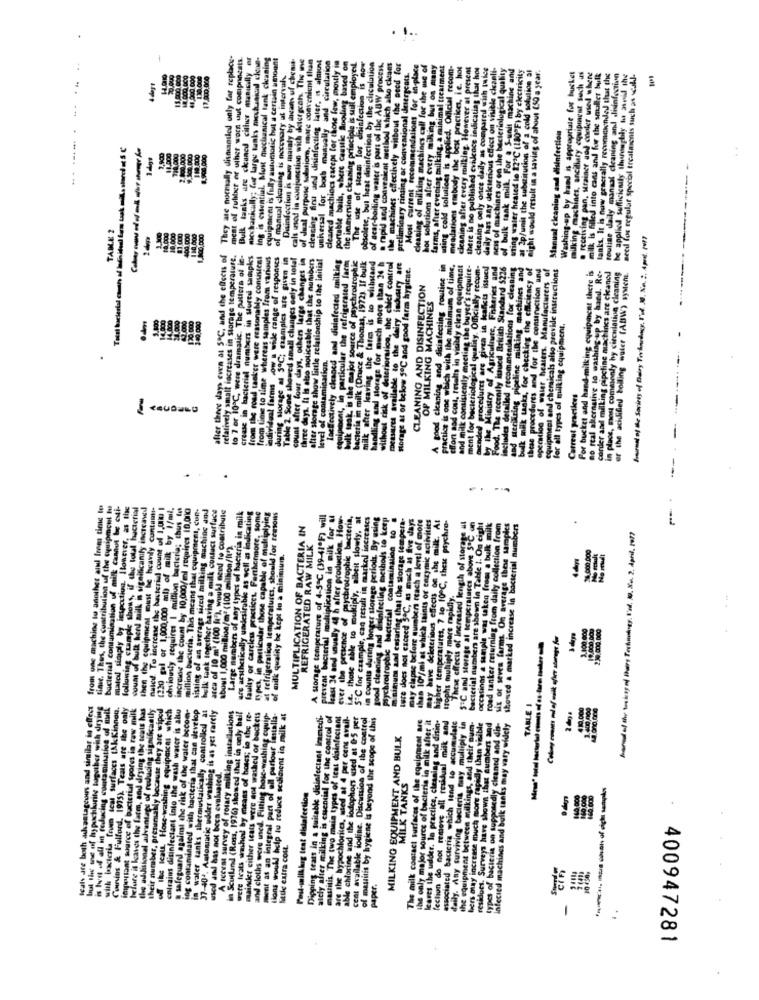
.1.
-
They are normally dismantled only for replace-
mest of rubber of uther worn uut comprendsts.
Bulk tasks are ckaned citiwer man.ly -
niccharkally; for large tanks mechanical clean-
ing is essential. Must mechanical tank cleaning
equipment is fully automatic hut a certain amount
Disinfection is mow mainly by ican uf chemie-
cals mod in conjunction with sketergcats. The me
of dual purpose salutiom, mare convenient than
cleaning first and disinfecting later, is alist
ushersal for both manually and circulation
for
cleaned machines cacept for those few, mostly in
portable bails, where caustic Sooding based on
the immersion cleaning principle is will employeil.
The use of Heam lor dhinfection is now
obsolete, bul heat disinfection by the circulation
of acar-boiling water is part of the ABW process.
rapid and conveaient method which also cleans
the machines effectively without the need for
preliminary rinsing ar conventional detergents.
Most current recommendations for in-place
ning of milking machines call for the use of
hot solutions after every milking but os many
farms, after evening milking, a minimal treatment
sting cold solutices is applied. Omcial recom-
meadations embody the best pracikes, ie. hor
cleaning after every milking. However at present
there is no published evalence indicating that hos
cleaning only once daily as compared with twice
daily has any dekierious effect on visible cleanli-
nen of machines or on the bacteriolugical quality
of bulk tank mill. For a S-unit machine and
uiting water heated lo 12℃ (180"F) by electricity
at 2p/unit the substitution of a cold solution al
night would result in a saving of ahout (50 a year.
. receiving pan, Mrainer and cooler used where
110.000
of manual cloning is nocovary at intervals
Washing-up by hand is appropriate for bucket
milking machines, ancillary equipment such as
milk is filled into cans and for the smaller bulk
tanks. It is now generally recomenndeJ that the
routine daily mansal cleaning and disinfection
be applied sufficicity thoroughly tu asvid the
need los regular special treatments such as scall-
4 dayt
Manual ckaning and disinfection
2.800.000
8,900,000
TAME 2
$0.000
81.000
1 10.000
1.810,000
hard of the Strings of Baby Trinity, I'd . Na. ". Apre. 197
tant
after theee days even as 5℃, and the effects of
relatively small increases in storage temperature.
to 7 or 10℃, were dramatic. The pattern of in-
crease in bacterial numbers in sured sampks
from the road tanker were reasonably consisical
from time to time whereas samples from various
individual farmi ow a wide range of responses
during sorage al 5℃; examples are given in
Table 2. Some showed small changes cely in total
count after four days, others large changes in
after storage show little relationship to the initial
Ineffectively ckaned and disinfected mnilking
equipebent, in particular the refrigerated farm
bulk trak is the major source of psychrotrophic
bacteria in milk (Druce & Thomas, 1972). If bulk
milk after leaving the fate is to withstand
three days. It is also noticeable that the number
handling and storage for much more than 24 h
without risk of deterioration, the chief control
measures available to the dairy industry are
Horage at or below 5ºC and good farm hygiene.
A good cleaning and disinfecting routine in
practice is one which with the mialmum of time,
effort aod cost, results in visibly clean equipment
mended procedures are given in kaffeis issued
Food. The recently issued British Standard $226
laclindes detailed recommendations for cleaning
and utriilring pipeline milking machines and
bulk milk tanks, for checking the efficiency of
thtas procedures and for the construction and
For bucket and hand-milking equipment there is
operation of water heaters. Manufacturers of
equipment and chemicals also provide instructions
no real alternative lo washing-up by hand. Re-
corder and milling pipeline machines are cleaned
ation cleaning
er the acidified boiling water (ABW) syMent.
CLEANING AND DISINFECTION
OF MILKING MACHINES
tical quality. Official
in place, most commonly hy circulation
14.000
for all types of milking equipment.
dayı,
level of contamination.
Carreut practices
place, moy com
.
--
from one araching to another alul from time to
tiene. Thus, the contribution of the equipment tu
bacterial contamination of milk cannot be esti-
mato simply by inspection. However, as the
following cumple shows, if the total bacterial
count of bulk hend milk is significanity increased
then the equipment must Be heavily contanti-
nated. To increase the bacterial count of 1,000 |
(220 gal or 1,000,000 ml) of milk by 1/ml.
obviously requires I multiun bacterias chus lat
increase the count by 10,000/ml requires 10,000
million bacteria. This means that equipment, cup-
sisting of an average siccd milking machine and
bulk tank together having a milk contact surfuce
aces of 10 m' (100 N'), would need to contribute
Large members of any types of bacteria in milk
ure aesthetically undesirable as well as indicating
faulty of careless practices, Furthermore, some
types, in particular those capable of multiplying
at refrigeration temperatures, should for reasons
A Storage temperature of 4-5℃ (39-41ºF) will
prevent bacterial multiplication in milk for at
least 34 and sually 4 h after production. How-
ever the presence of psychrotrophic bacteria,
mukiply, aibeit slowly, at
in counts during longer storage periods. By using
good cleaning and disinfecting methods to keep
psychrotrophic bacterial contamination to .
m'ainum aad ensuring that the storage tempera-
ture does not exceed 3℃, as much as five days
may clapse before numbers reach a level of more
than 10 /mi at which taints or enzymic activities
may have deleterious effects on she milt. At
higher temperatures, 7 so 10 ℃, these psychro-
bacterial numbers are shown in Table 1. On eight
MULTIPLICATION OF BACTERIA IN
These effects of Increased length of storage al
5"℃ and storage al temperatures above 5℃ an
occasions a sample was taken from a bulk milk
road tanker returning from daily collection from
six of seven farms. On average these samples
showed a marked increase in bacterial numbers
hared of the seaking al Bary Technology. I'll, 10. Sn. 2. April, 1977
about 1,000 million/m" (100 million/ll').
REFRIGERATED RAW MILK
of milk quality be kept to a minimum.
if those able to multip
Itophs multiply more rapidly.
1.100, 000
23% 500.000
leals are both advantageous and similar in effect
but the me off hypochlorite together with dryins
is best of all in reducing contamination of mull
with ixxteria foun teal surfaces (AkKinnen.
Conins & Fulford. 1975). Teals are the only
important source of bacterial spores in raw milk
before it kaves the farm, and drying the seats has
the additional advantage of reducing significantly
their number, presumably because they are wiped
of the Icall House-washing equipaicas which
coirains disinfectant into the wash water is alto
ing contaminated with bacteria that can develop
mainder either teats were not washed or buckets
TABLE I
safeguard against the risk of the water becom-
in water tanks thermustatically controlled at
37-404. Automatic udder washing is as yet rarely
A ferma survey of rotary milling installations
in Scuilund (Ross, 1976) showed that in only hall
were Icals washed by means of hoses; in the re-
and cloths were used. Fitting hosc-washing cyvip-
ment as an integral part of all parlour lestalla-
lions would help tu reduce sediment in milk at
Dipping tears in a suitable disinfectant inmedi-
ately alter milking is essential for the control of
mastitis. The two main types of teat disinfectant
are the hypochloriccs, sied at 4 per cons avail-
able chlorine and the iodophors used at 05 per
cent available lodine. Discussion of the control
of mastitis by hygiene is beyond the scope of this
The milk contact surfaces of the equipment are
the only major source of bacteria in milk after it
leares the udder. la practice, cleaning and disin-
fection do not remove all residual milk and
associated bacteria which tend to accumulate
the equipment between milkings, and their aum-
bers may increase much more rapidly than visible
residues. Surveys have shown that numbers and
types of bacteria on supposedly cleaned and dis-
Intecied machines and bulk tanks may vary widely
MILKING EQUIPMENT AND BULK
g bacteria many muliip
od drying
used and has not been evaluated.
MILK TANKS
Post-mailkkig test distafection
daily. Any surviving bas
Seals are both ad
Sulle extra com.
paper.
-
400947281